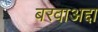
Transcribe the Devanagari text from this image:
बरवाअद्दा